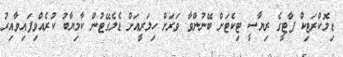
ޑިމޮކްރަޓިކް ޕާޓީގެ ރިޔާސީ ޓިކެޓަށް ބޭނުންވާ ވަރަށް ހިލަރީއަށް ޑެލެގޭޓުން ކާމިޔާބު ކުރެއްވިފައިވާއިރު